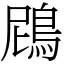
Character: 䲿